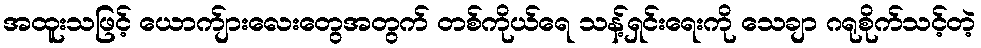
အထူးသဖြင့် ယောက်ျားလေးတွေအတွက် တစ်ကိုယ်ရေ သန့်ရှင်းရေးကို သေချာ ဂရုစိုက်သင့်တဲ့